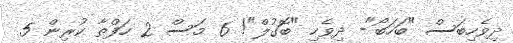
ދިވެހިބަސް "ބަހަބޯ"- ދިވެހި "ބޮގުލް"! 6 މަސް 2 ހަފްތާ ކުރިން 5